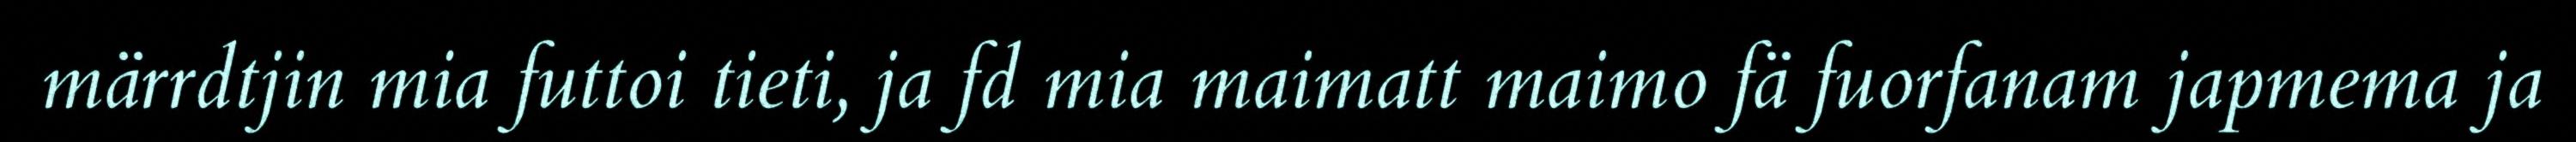
märrdtjin mia futtoi tieti, ja fd mia maimatt maimo fä fuorfanam japmema ja